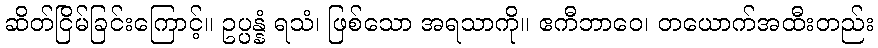
ဆိတ်ငြိမ်ခြင်းကြောင့်။ ဥပ္ပန္နံ ရသံ၊ ဖြစ်သော အရသာကို။ ဧကီဘာဝေ၊ တယောက်အထီးတည်း